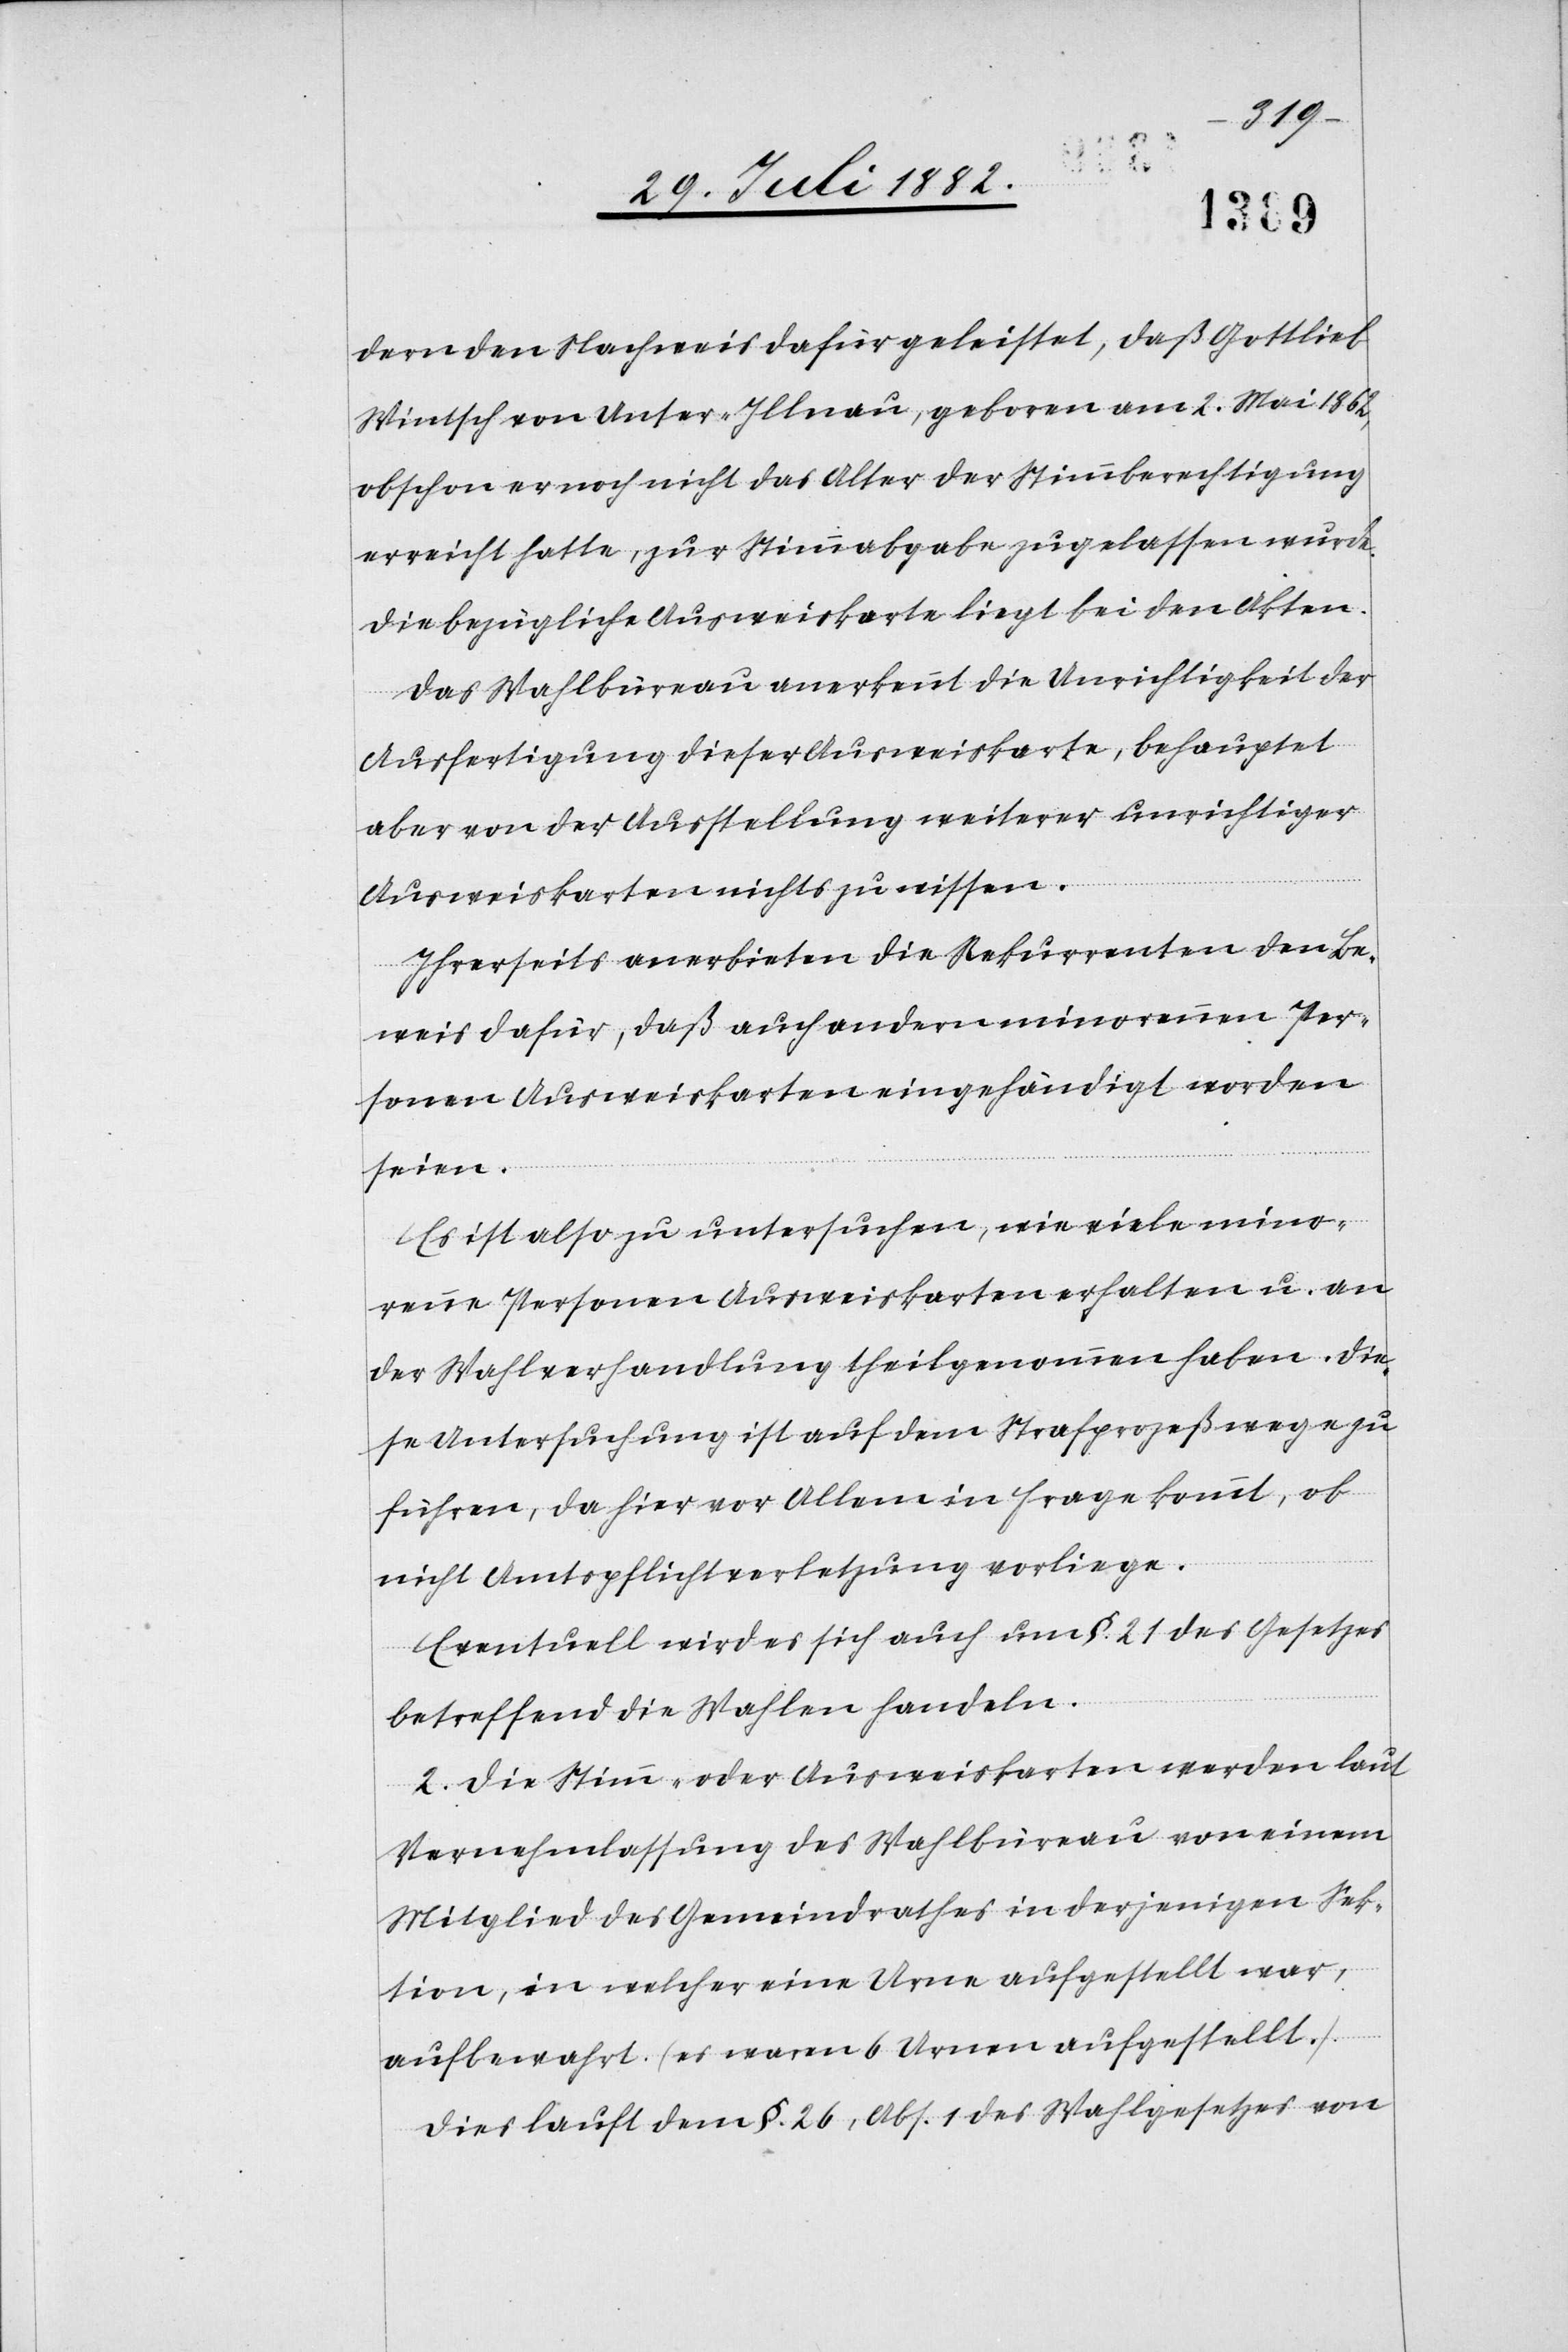
dern den Nachweis dafür geleistet, daß Gottlieb
Wintsch von Unter-Illnau, geboren am 2. Mai 1862,
obschon er noch nicht das Alter der Stimmberechtigung
erreicht hatte, zur Stimmabgabe zugelassen wurde.
Die bezügliche Ausweiskarte liegt bei den Akten.
Das Wahlbüreau anerkennt die Unrichtigkeit der
Ausfertigung dieser Ausweiskarte, behauptet
aber von der Ausstellung weiterer unrichtiger
Ausweiskarten nichts zu wissen.
Ihrerseits anerbieten die Rekurrenten den Be¬
weis dafür, daß auch andern minorennen Per¬
sonen Ausweiskarten eingehändigt worden
seien.
Es ist also zu untersuchen, wie viele mino¬
renne Personen Ausweiskarten erhalten u. an
der Wahlverhandlung theilgenommen haben. Die¬
se Untersuchung ist auf dem Strafprozeßwege zu
führen, da hier vor Allem in Frage kommt, ob
nicht Amtspflichtverletzung vorliege.
Eventuell wird es sich auch um §. 21 des Gesetzes
betreffend die Wahlen handeln.
2. Die Stimm- oder Ausweiskarten werden laut
Vernehmlassung des Wahlbüreau von einem
Mitglied des Gemeindrathes in derjenigen Sek¬
tion, in welcher eine Urne aufgestellt war,
aufbewahrt. (es waren 6 Urnen aufgestellt.).
Dies läuft dem §. 26, Abs. 1 des Wahlgesetzes von